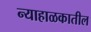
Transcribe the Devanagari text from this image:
न्याहाळकातील